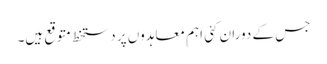
جس کے دوران کئی اہم معاہدوں پر دستخط متوقع ہیں۔